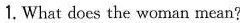
1. What does the woman mean?